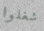
شغلوا